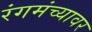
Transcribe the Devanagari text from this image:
रंगमंच्यावर